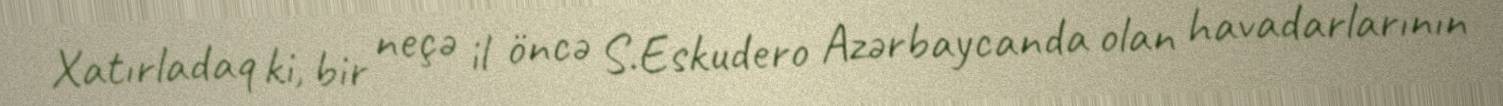
Xatırladaq ki, bir neçə il öncə S.Eskudero Azərbaycanda olan havadarlarının